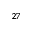
^ { 2 7 }